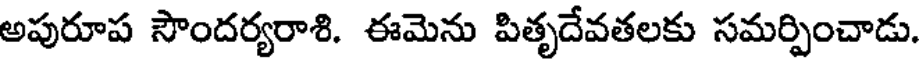
అపురూప సౌందర్యరాశి. ఈమెను పితృదేవతలకు సమర్పించాడు.